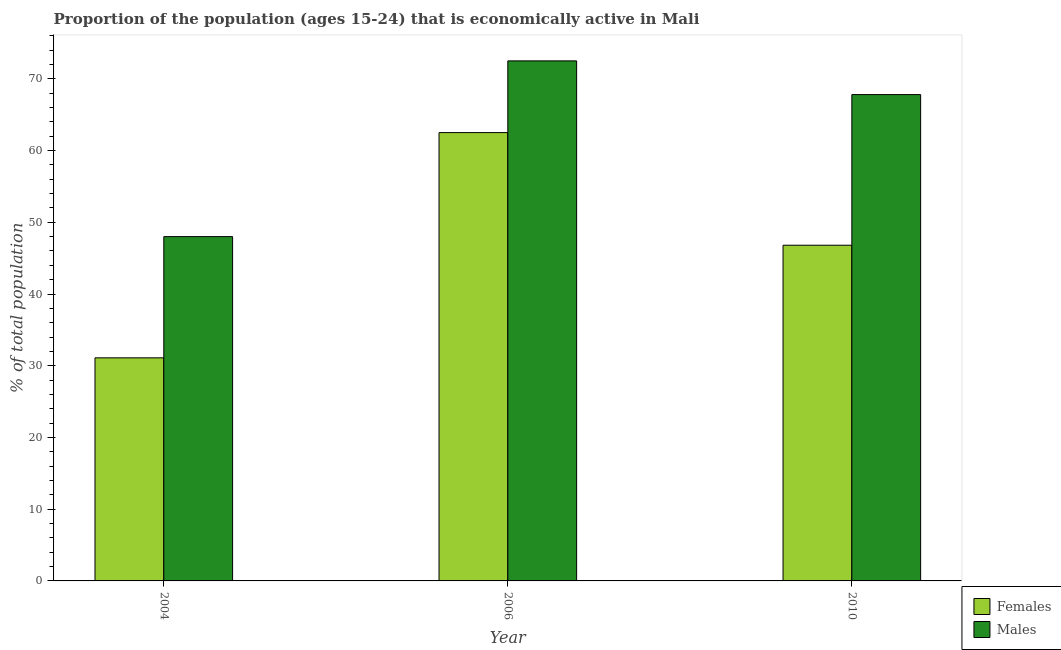
| Year | Females | Males |
 | --- | --- | --- |
 | 2004 | 31.1 | 48 |
 | 2006 | 62.5 | 72.5 |
 | 2010 | 46.8 | 67.8 |